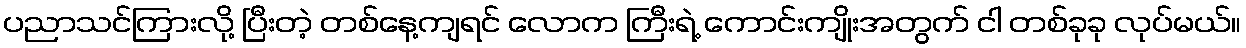
ပညာသင်ကြားလို့ ပြီးတဲ့ တစ်နေ့ကျရင် လောက ကြီးရဲ့ ကောင်းကျိုးအတွက် ငါ တစ်ခုခု လုပ်မယ်။